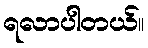
ရလာပါတယ်။